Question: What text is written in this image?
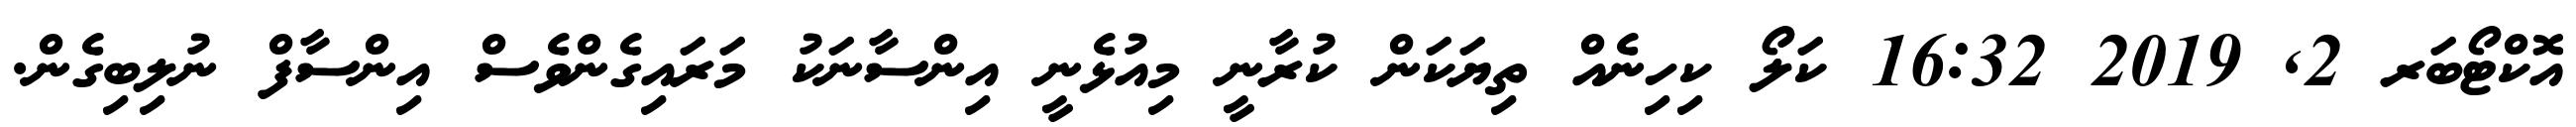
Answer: އޮކްޓޯބަރ 2, 2019 16:32 ކަލޯ ކިހިނެއް ތިޔަކަން ކުރާނީ މިއުޅެނީ އިންސާނަކު މަރައިގެންވެސް އިންސާފް ނުލިބިގެން.